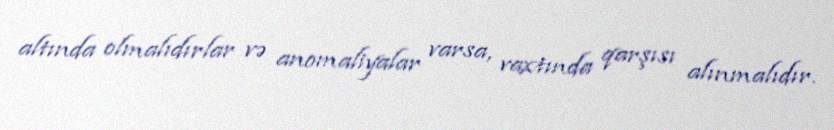
altında olmalıdırlar və anomaliyalar varsa, vaxtında qarşısı alınmalıdır.